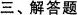
三、解答题